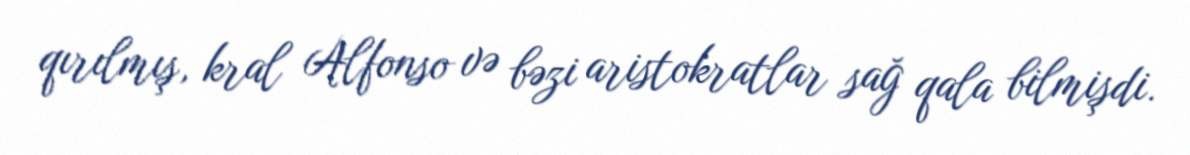
qırılmış, kral Alfonso və bəzi aristokratlar sağ qala bilmişdi.